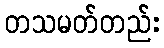
တသမတ်တည်း